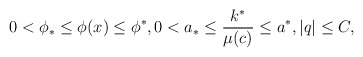
\begin{align*}\begin{aligned}0<\phi_{\ast}\leq\phi(x)\leq\phi^{\ast},0<a_{\ast}\leq\frac{k^{\ast}}{\mu(c)}\leq a^{\ast},| q|\leq C,\end{aligned}\end{align*}